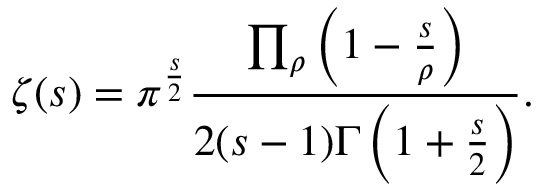
\zeta ( s ) = \pi ^ { \frac { s } { 2 } } { \frac { \prod _ { \rho } \left( 1 - { \frac { s } { \rho } } \right) } { 2 ( s - 1 ) \Gamma \left( 1 + { \frac { s } { 2 } } \right) } } .